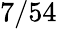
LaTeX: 7/54